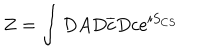
Z = \int D A D \overline { { { c } } } D c e ^ { i S _ { C S } }